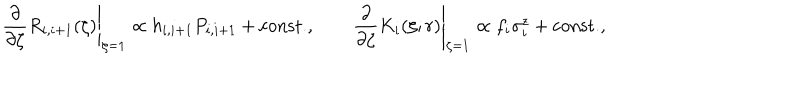
\left. \frac { \partial } { \partial \zeta } R _ { i , i + 1 } ( \zeta ) \right| _ { \zeta = 1 } \propto h _ { i , i + 1 } P _ { i , i + 1 } + \mathrm { c o n s t . } , \qquad \left. \frac { \partial } { \partial \zeta } K _ { i } ( \zeta ; r ) \right| _ { \zeta = 1 } \propto f _ { i } \sigma _ { i } ^ { z } + \mathrm { c o n s t . } ,